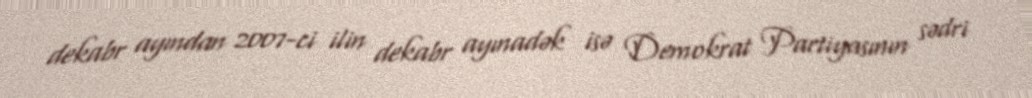
dekabr ayından 2007-ci ilin dekabr ayınadək isə Demokrat Partiyasının sədri